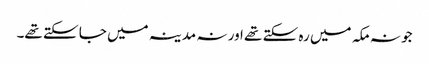
جو نہ مکہ میں رہ سکتے تھے اور نہ مدینہ میں جا سکتے تھے۔